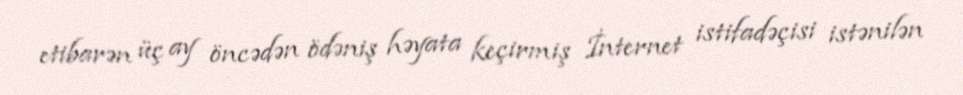
etibarən üç ay öncədən ödəniş həyata keçirmiş İnternet istifadəçisi istənilən